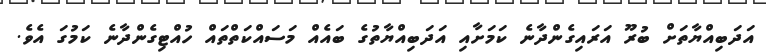
އަދަބިއްޔާތަށް ބުރޫ އަރައިގެންދާނެ ކަމަށާއި އަދަބިއްޔާތުގެ ބައެެއް މަސައްކަތްތައް ހުއްޓިގެންދާނެ ކަމުގަ އެވެ.